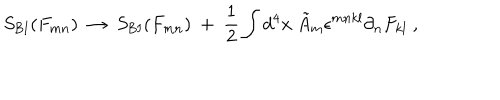
S _ { \mathrm { B I } } ( F _ { m n } ) \ \rightarrow \ S _ { \mathrm { B I } } ( F _ { m n } ) \ + \ { \frac { 1 } { 2 } } \int d ^ { 4 } x \ \tilde { A } _ { m } \epsilon ^ { m n k l } \partial _ { n } F _ { k l } \ ,